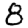
Digit: 8